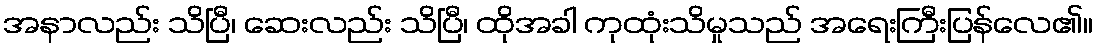
အနာလည်း သိပြီ၊ ဆေးလည်း သိပြီ၊ ထိုအခါ ကုထုံးသိမှုသည် အရေးကြီးပြန်လေ၏။